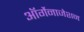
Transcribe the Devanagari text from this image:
ऑर्गेनाजेशन